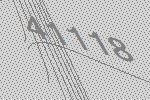
41118